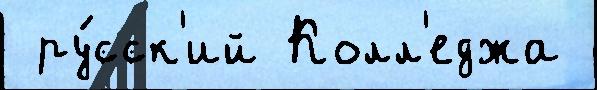
 ру́сск'ий Колл'еджа